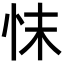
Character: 𢗿